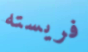
فريسته